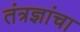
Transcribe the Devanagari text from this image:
तंत्रज्ञांचा